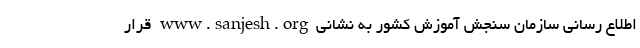
اطلاع رسانی سازمان ‌سنجش آموزش کشور به نشانی www.sanjesh.org قرار